Annual report on the Civil Veterinary Department, Burma (including the Insein Veterinary School) - 1910-1922
Year: 1910
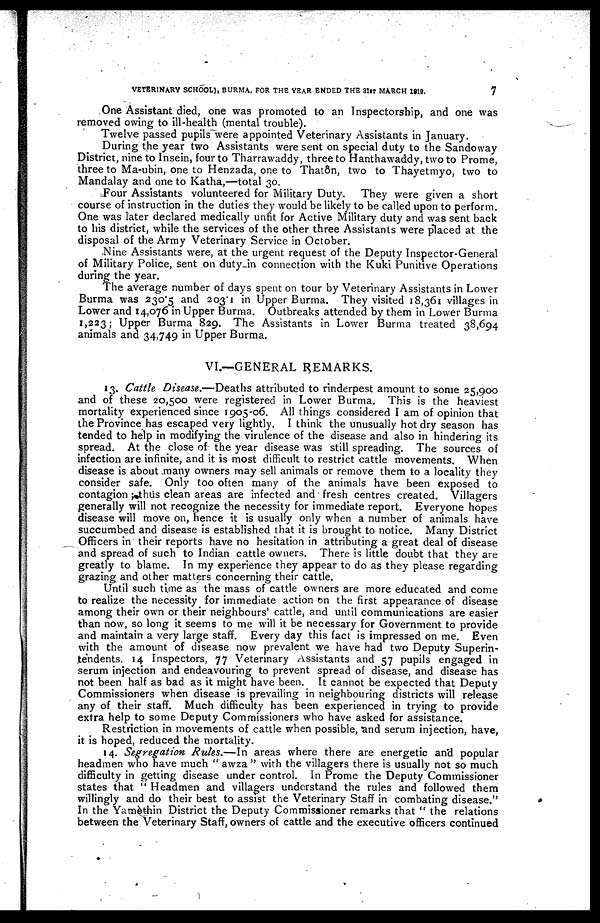
VETERINARY SCHOOL), BURMA. FOR THE YEAR ENDED THE 31ST MARCH 1919.
7
One Assistant died, one was promoted to an Inspectorship, and one was
removed owing to ill-health (mental trouble).
Twelve passed pupils were appointed Veterinary Assistants in January.
During the year two Assistants were sent on special duty to the Sandoway
District, nine to Insein, four to Tharrawaddy, three to Hanthawaddy, two to Prome,
three to Ma-ubin, one to Henzada, one to Thatôn, two to Thayetmyo, two to
Mandalay and one to Katha,—total 30.
Four Assistants volunteered for Military Duty. They were given a short
course of instruction in the duties they would be likely to be called upon to perform.
One was later declared medically unfit for Active Military duty and was sent back
to his district, while the services of the other three Assistants were placed at the
disposal of the Army Veterinary Service in October.
Nine Assistants were, at the urgent request of the Deputy Inspector-General
of Military Police, sent on duty in connection with the Kuki Punitive Operations
during the year.
The average number of days spent on tour by Veterinary Assistants in Lower
Burma was 2305 and 2031 in Upper Burma. They visited 18,361 villages in
Lower and 14,076 in Upper Burma. Outbreaks attended by them in Lower Burma
1,223; Upper Burma 829. The Assistants in Lower Burma treated 38,694
animals and 34,749 in Upper Burma.
VI.—GENERAL REMARKS.
13. Cattle Disease.—Deaths attributed to rinderpest amount to some 25,900
and of these 20,500 were registered in Lower Burma. This is the heaviest
mortality experienced since 1905-06. All things considered I am of opinion that
the Province has escaped very lightly. I think the unusually hot dry season has
tended to help in modifying the virulence of the disease and also in hindering its
spread. At the close of the year disease was still spreading. The sources of
infection are infinite, and it is most difficult to restrict cattle movements. When
disease is about many owners may sell animals or remove them to a locality they
consider safe. Only too often many of the animals have been exposed to
contagion; thus clean areas are infected and fresh centres created. Villagers
generally will not recognize the necessity for immediate report. Everyone hopes
disease will move on, hence it is usually only when a number of animals have
succumbed and disease is established that it is brought to notice. Many District
Officers in their reports have no hesitation in attributing a great deal of disease
and spread of such to Indian cattle owners. There is little doubt that they are
greatly to blame. In my experience they appear to do as they please regarding
grazing and other matters concerning their cattle.
Until such time as the mass of cattle owners are more educated and come
to realize the necessity for immediate action on the first appearance of disease
among their own or their neighbours' cattle, and until communications are easier
than now, so long it seems to me will it be necessary for Government to provide
and maintain a very large staff. Every day this fact is impressed on me. Even
with the amount of disease now prevalent we have had two Deputy Superin-
tendents. 14 Inspectors, 77 Veterinary Assistants and 57 pupils engaged in
serum injection and endeavouring to prevent spread of disease, and disease has
not been half as bad as it might have been. It cannot be expected that Deputy
Commissioners when disease is prevailing in neighbouring districts will release
any of their staff. Much difficulty has been experienced in trying to provide
extra help to some Deputy Commissioners who have asked for assistance.
Restriction in movements of cattle when possible, and serum injection, have,
it is hoped, reduced the mortality.
14. Segregation Rules.—In areas where there are energetic and popular
headmen who have much "awza" with the villagers there is usually not so much
difficulty in getting disease under control. In Prome the Deputy Commissioner
states that "Headmen and villagers understand the rules and followed them
willingly and do their best to assist the Veterinary Staff in combating disease."
In the Yamèthin District the Deputy Commissioner remarks that "the relations
between the Veterinary Staff, owners of cattle and the executive officers continued